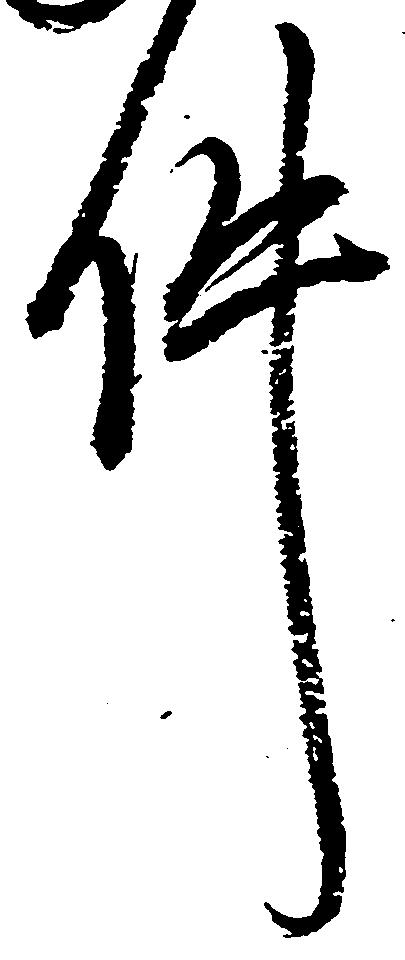
件